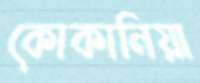
কোকানিয়া